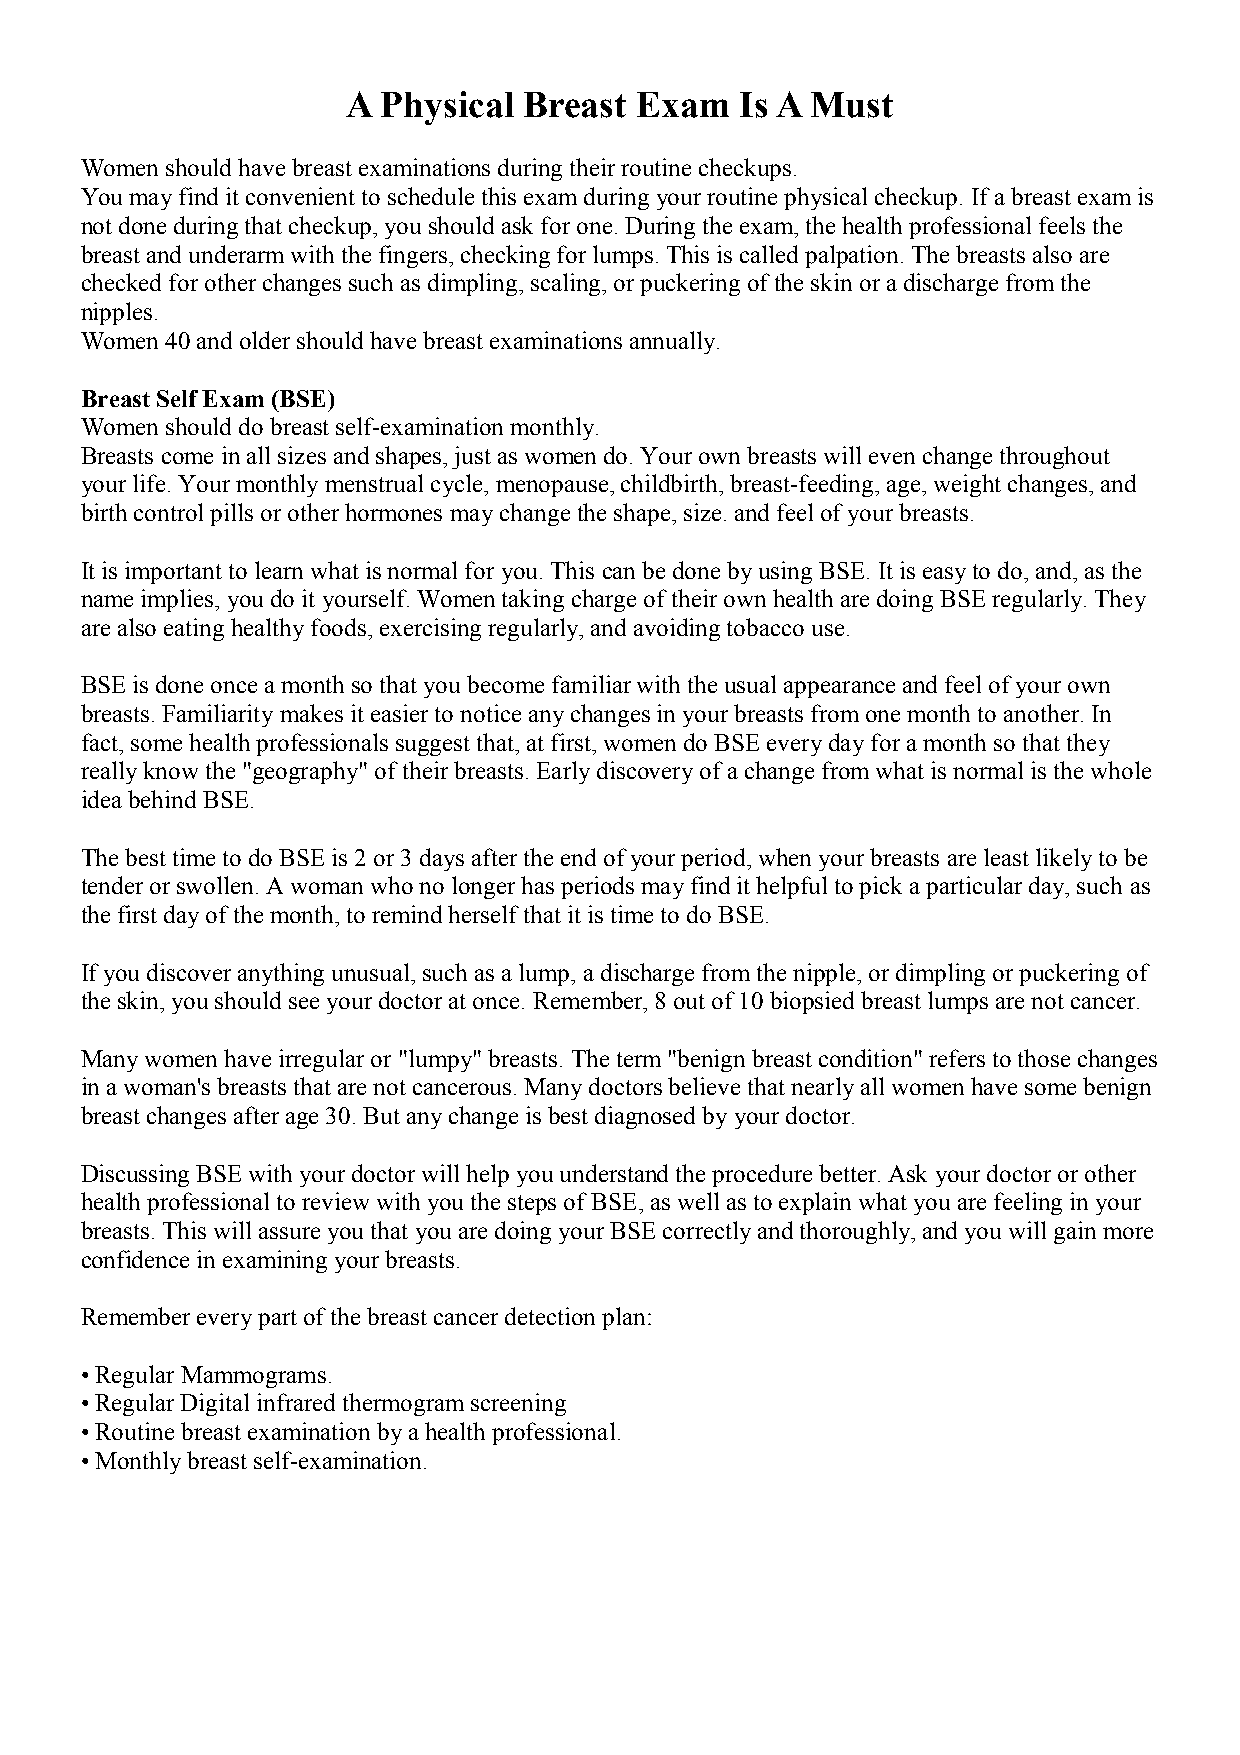
A Physical  Breast Exam   Is A Must
 Women should have breast examinations during their routine checkups.
 You may find it convenient to schedule this exam during your routine physical checkup. If a breast exam is
 not done during that checkup, you should ask for one. During the exam, the health professional feels the
 breast and underarm with the fingers, checking for lumps. This is called palpation. The breasts also are
 checked for other changes such as dimpling, scaling, or puckering of the skin or a discharge from the
 nipples.
 Women 40 and older should have breast examinations annually.
 Breast Self Exam (BSE)
 Women should do breast self-examination monthly.
 Breasts come in all sizes and shapes, just as women do. Your own breasts will even change throughout
 your life. Your monthly menstrual cycle, menopause, childbirth, breast-feeding, age, weight changes, and
 birth control pills or other hormones may change the shape, size. and feel of your breasts.
 It is important to learn what is normal for you. This can be done by using BSE. It is easy to do, and, as the
 name implies, you do it yourself. Women taking charge of their own health are doing BSE regularly. They
 are also eating healthy foods, exercising regularly, and avoiding tobacco use.
 BSE is done once a month so that you become familiar with the usual appearance and feel of your own
 breasts. Familiarity makes it easier to notice any changes in your breasts from one month to another. In
 fact, some health professionals suggest that, at first, women do BSE every day for a month so that they
 really know the "geography" of their breasts. Early discovery of a change from what is normal is the whole
 idea behind BSE.
 The best time to do BSE is 2 or 3 days after the end of your period, when your breasts are least likely to be
 tender or swollen. A woman who no longer has periods may find it helpful to pick a particular day, such as
 the first day of the month, to remind herself that it is time to do BSE.
 If you discover anything unusual, such as a lump, a discharge from the nipple, or dimpling or puckering of
 the skin, you should see your doctor at once. Remember, 8 out of 10 biopsied breast lumps are not cancer.
 Many women have irregular or "lumpy" breasts. The term "benign breast condition" refers to those changes
 in a woman's breasts that are not cancerous. Many doctors believe that nearly all women have some benign
 breast changes after age 30. But any change is best diagnosed by your doctor.
 Discussing BSE with your doctor will help you understand the procedure better. Ask your doctor or other
 health professional to review with you the steps of BSE, as well as to explain what you are feeling in your
 breasts. This will assure you that you are doing your BSE correctly and thoroughly, and you will gain more
 confidence in examining your breasts.
 Remember every part of the breast cancer detection plan:
 • Regular Mammograms.
 • Regular Digital infrared thermogram screening
 • Routine breast examination by a health professional.
 • Monthly breast self-examination.